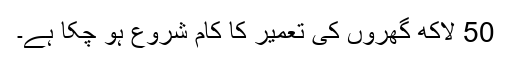
50 لاکھ گھروں کی تعمیر کا کام شروع ہو چکا ہے۔